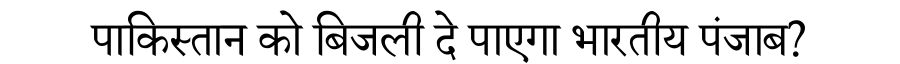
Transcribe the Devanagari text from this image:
पाकिस्तान को बिजली दे पाएगा भारतीय पंजाब?